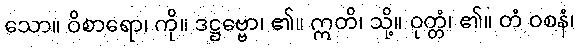
သော။ ဝိစာရော၊ ကို။ ဒဋ္ဌဗ္ဗော၊ ၏။ ဣတိ၊ သို့။ ဝုတ္တံ၊ ၏။ တံ ဝစနံ၊